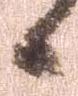
ニ